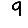
Digit: 9